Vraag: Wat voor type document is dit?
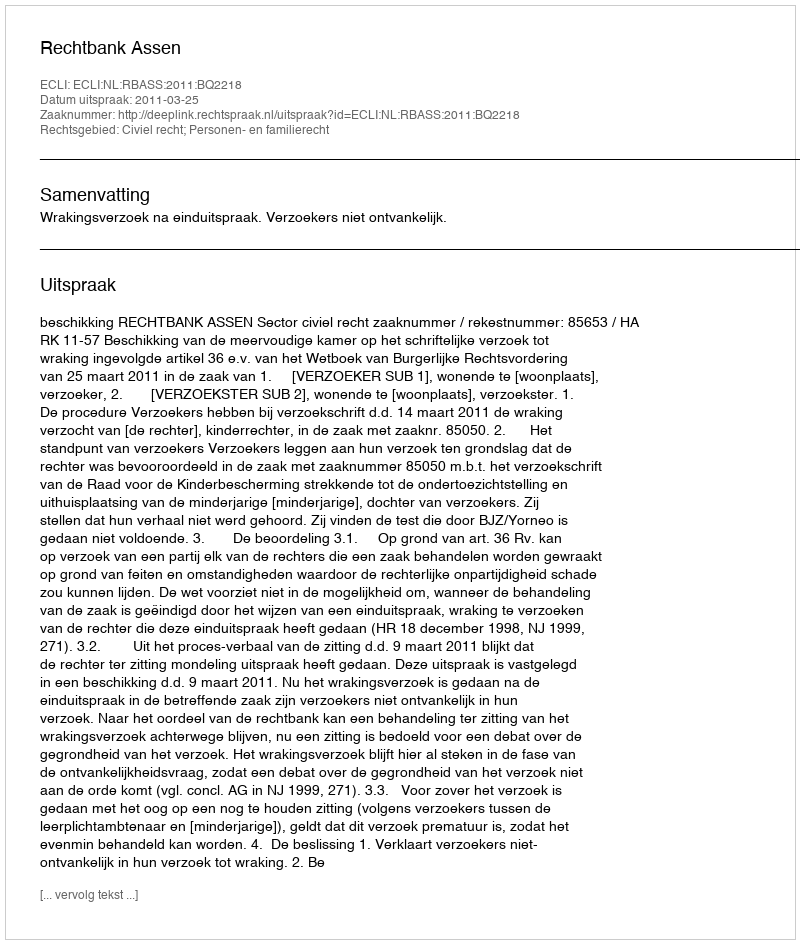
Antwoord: Uitspraak